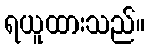
ရယူထားသည်။